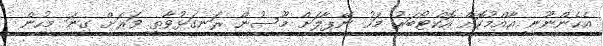
އެހެންނޫނީ އާއްމުކޮށް އޮކްޓޯބަރު މަހު ނޭޕާލަށް މޫސުން ރަނގަޅުވާތީ ވަރަށް ގިނަ މީހުން